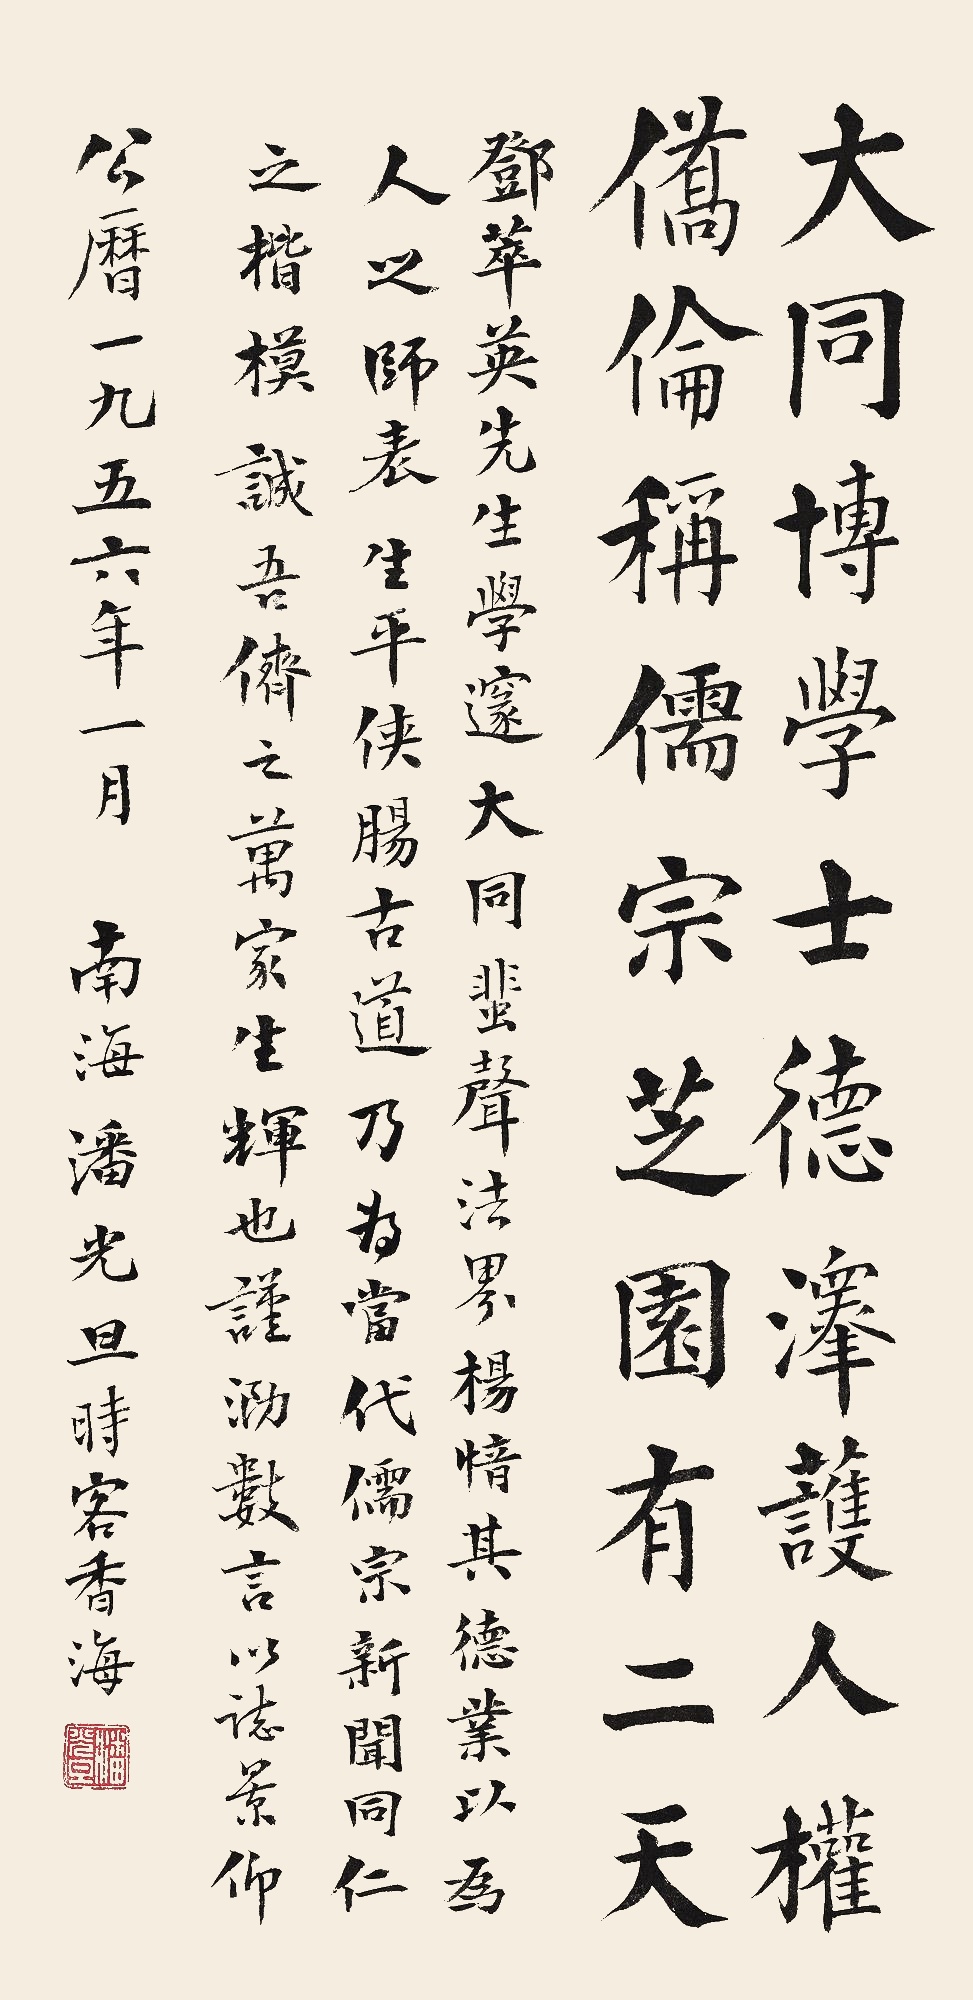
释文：大同博学士，徳泽论人权。侨伦称儒宗，芝园有二天。邓翠英先生学邃大同蜚声，法界杨愔其徳业以为人之师表，生平侠肠古道，乃为当代儒宗新闻同仁之楷模，诚吾侪之万家生辉也，谨沥数言以志景仰。公历一九五六年一月，南海潘光旦时客香海。